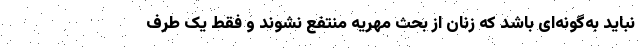
نباید به‌گونه‌ای باشد که زنان از بحث مهریه منتفع نشوند و فقط یک طرف